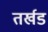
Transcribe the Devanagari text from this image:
तर्खड